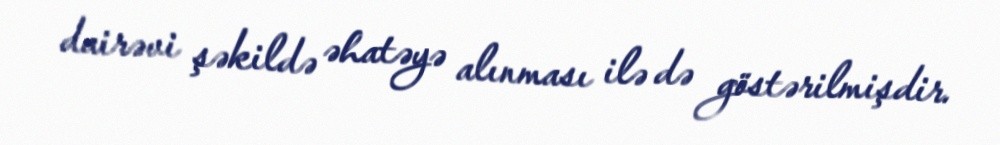
dairəvi şəkildə əhatəyə alınması ilə də göstərilmişdir.